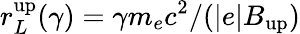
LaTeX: r_{L}^{\mathrm{up}}(\gamma)=\gamma m_{e}c^{2}/(|e|B_{\mathrm{up}})